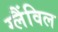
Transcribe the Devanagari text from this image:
ग्लैंविल